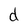
Character: d